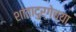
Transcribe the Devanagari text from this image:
शांतादुर्गेच्या